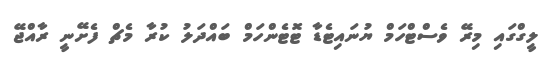
ލީގްގައި މިރޭ ވެސްޓްހަމް ޔުނައިޓެޑާ ޓޮޓެންހަމް ބައްދަލު ކުރާ މެޗް ފެށޭނީ ރާއްޖޭ